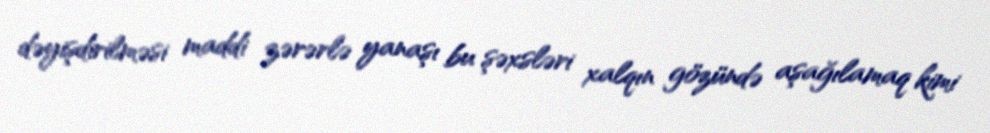
dəyişdirilməsi maddi zərərlə yanaşı bu şəxsləri xalqın gözündə aşağılamaq kimi